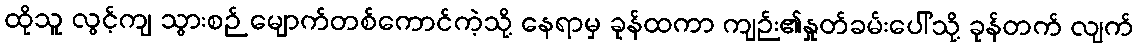
ထိုသူ လွင့်ကျ သွားစဉ် မျောက်တစ်ကောင်ကဲ့သို့ နေရာမှ ခုန်ထကာ ကျဉ်း၏နှုတ်ခမ်းပေါ်သို့ ခုန်တက် လျက်